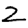
Digit: 2